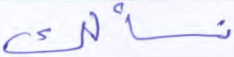
نسألك